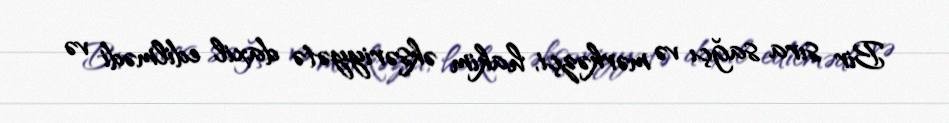
Bir sıra sağçı və mərkəzçi, hakim əksəriyyətə daxil edilmədi və